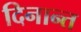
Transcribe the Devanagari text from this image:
दिनान्त